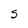
Character: S